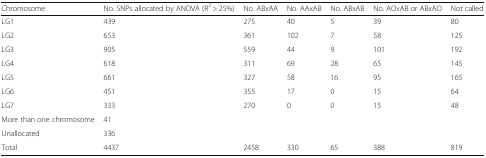
| Chromosome | No. SNPs allocated by ANOVA (R2 > 25%) | No. ABxAA | No. AAxAB | No. ABxAB | No. AOxAB or ABxAO | Not called |
 | --- | --- | --- | --- | --- | --- | --- |
 | LG1 | 439 | 275 | 40 | 5 | 39 | 80 |
 | LG2 | 653 | 361 | 102 | 7 | 58 | 125 |
 | LG3 | 905 | 559 | 44 | 9 | 101 | 192 |
 | LG4 | 618 | 311 | 69 | 28 | 65 | 145 |
 | LG5 | 661 | 327 | 58 | 16 | 95 | 165 |
 | LG6 | 451 | 355 | 17 | 0 | 15 | 64 |
 | LG7 | 333 | 270 | 0 | 0 | 15 | 48 |
 | More than one chromosome | 41 |  |  |  |  |  |
 | Unallocated | 336 |  |  |  |  |  |
 | Total | 4437 | 2458 | 330 | 65 | 388 | 819 |